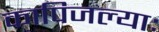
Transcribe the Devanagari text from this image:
कापिजल्याः